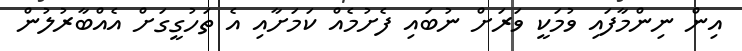
އިން ނިންމާފައި ވުމަކީ ވަރަށް ނުބައި ފެށުމެއް ކަމަށާއި އެ ތަހުގީގަށް އެއްބާރުލުން